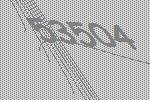
53504